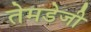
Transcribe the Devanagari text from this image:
तेमडेजी